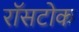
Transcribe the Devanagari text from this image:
रॉसटोक